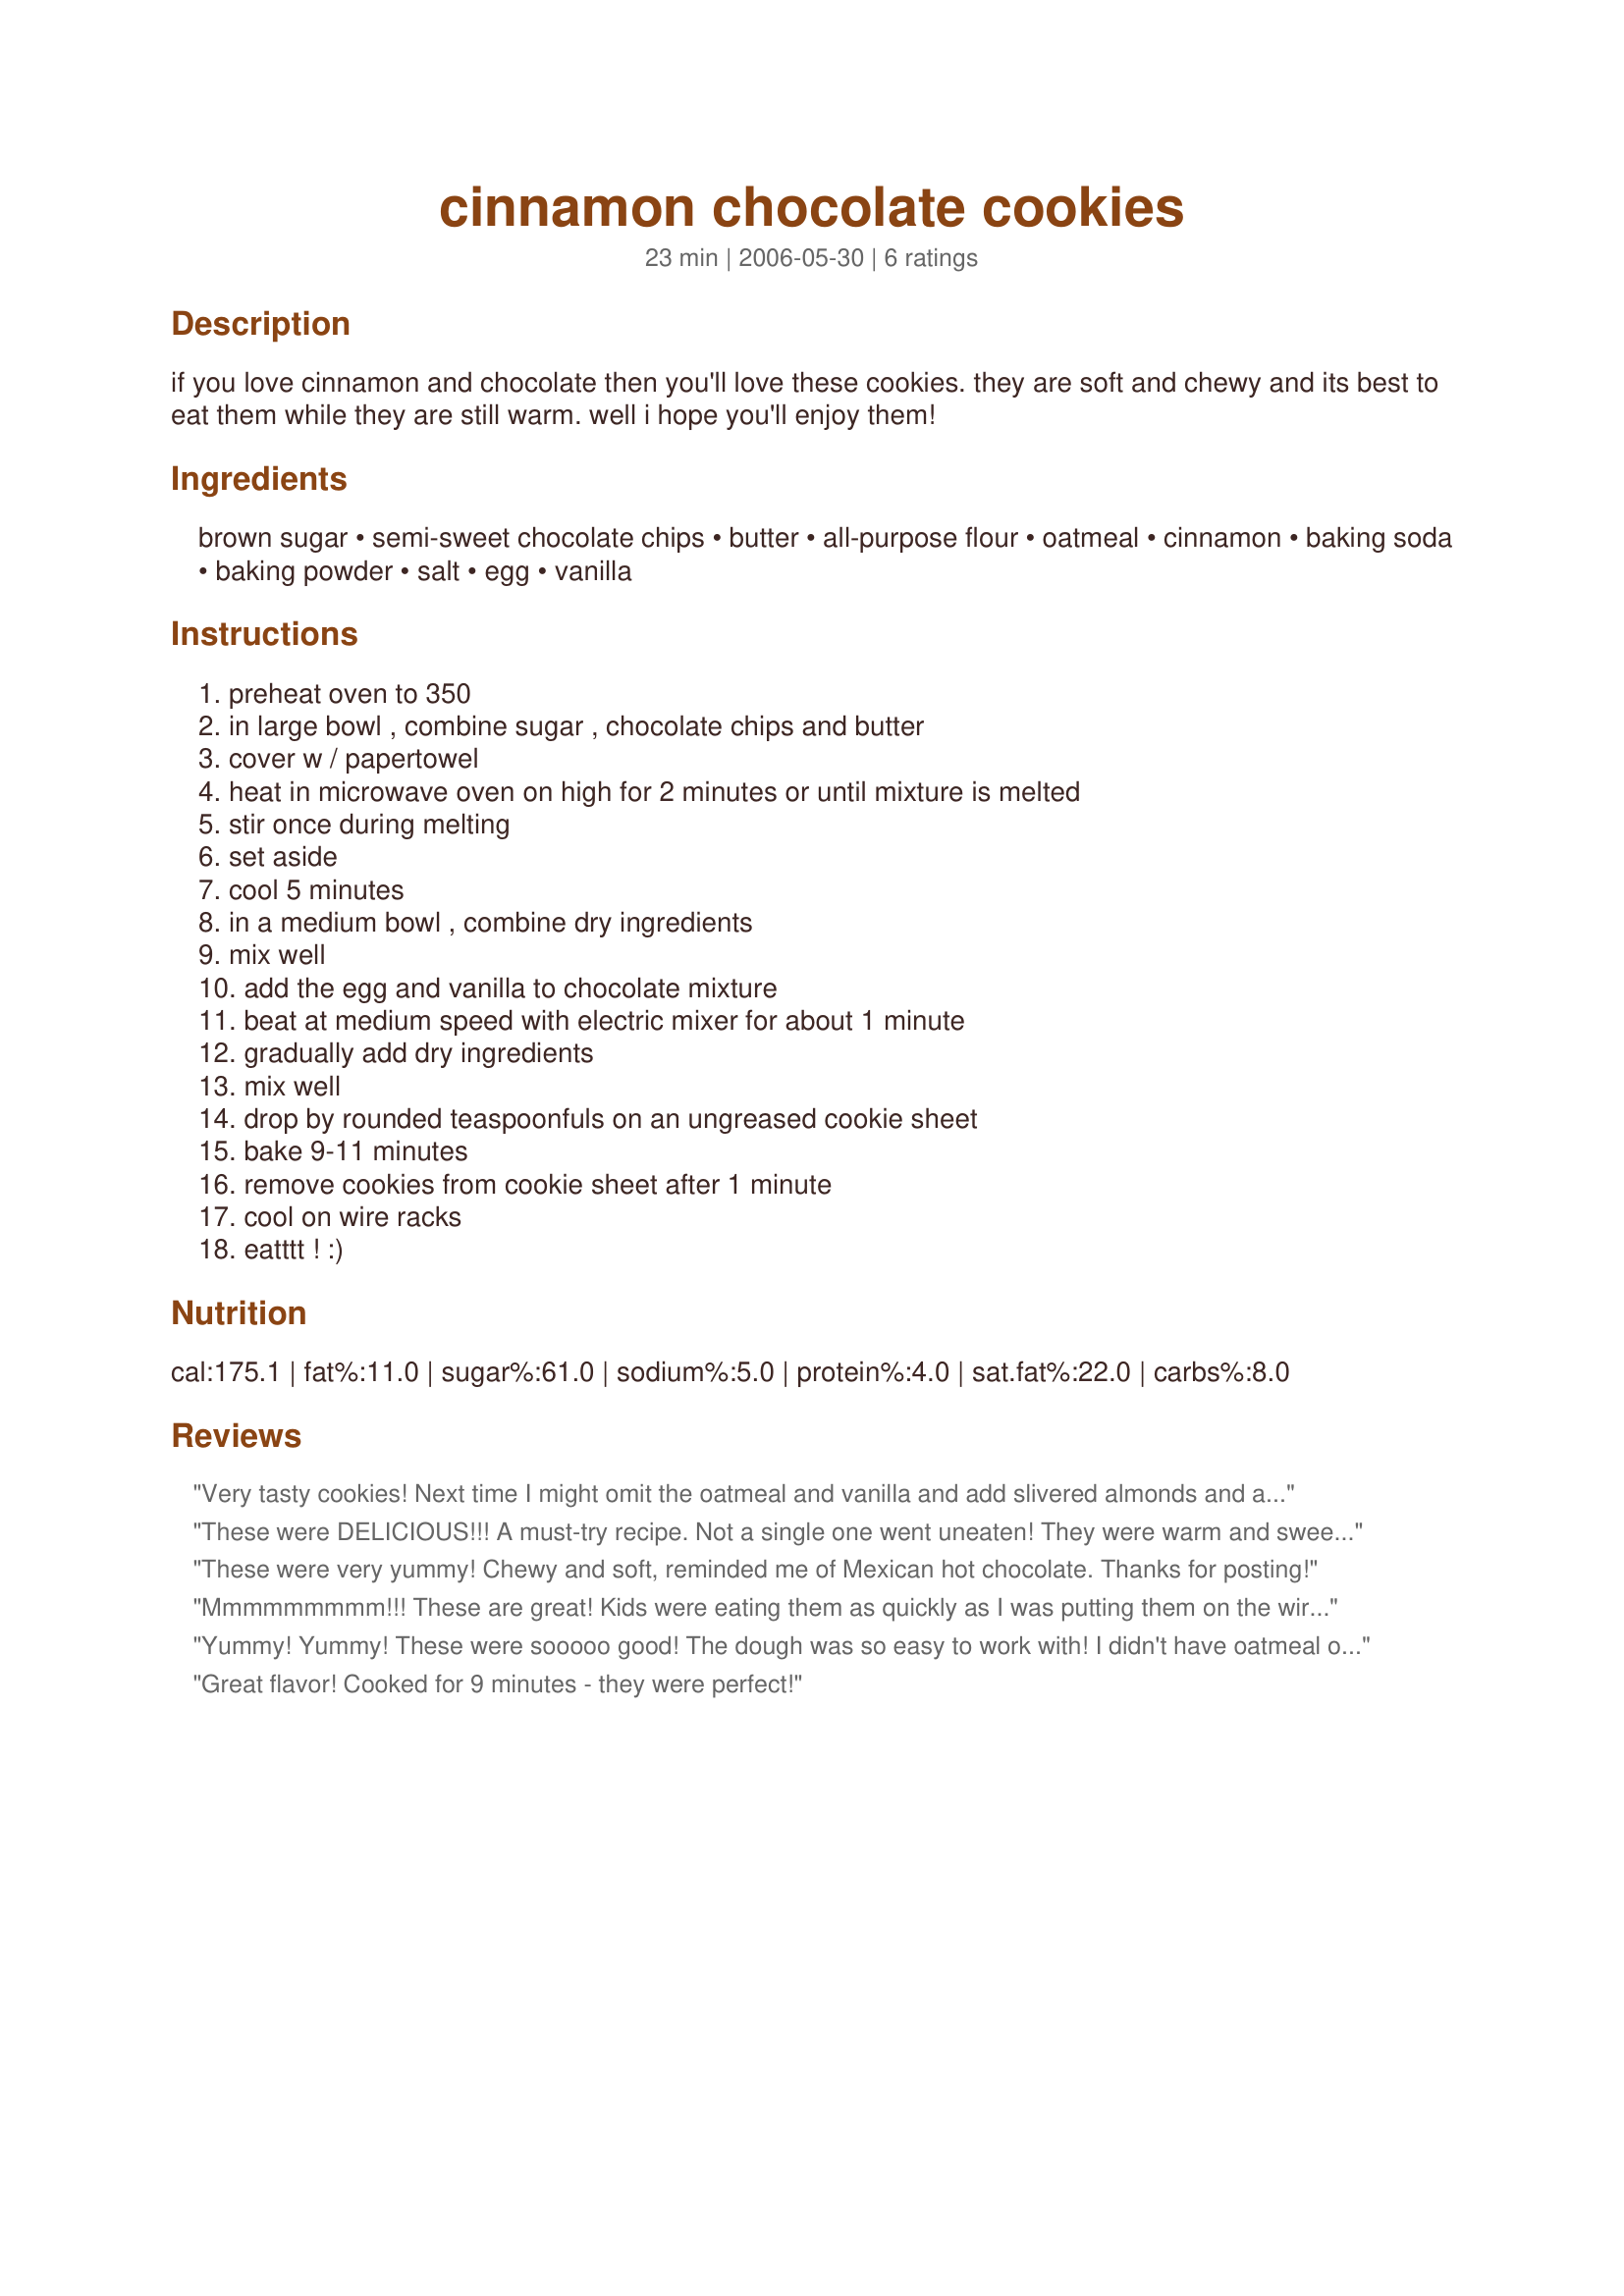
cinnamon chocolate cookies
Preparation time: 23 minutes

if you love cinnamon and chocolate then you'll love these cookies. they are soft and chewy and its best to eat them while they are still warm. well i hope you'll enjoy them!

Ingredients:
brown sugar, semi-sweet chocolate chips, butter, all-purpose flour, oatmeal, cinnamon, baking soda, baking powder, salt, egg, vanilla

Steps:
preheat oven to 350
in large bowl , combine sugar , chocolate chips and butter
cover w / papertowel
heat in microwave oven on high for 2 minutes or until mixture is melted
stir once during melting
set aside
cool 5 minutes
in a medium bowl , combine dry ingredients
mix well
add the egg and vanilla to chocolate mixture
beat at medium speed with electric mixer for about 1 minute
gradually add dry ingredients
mix well
drop by rounded teaspoonfuls on an ungreased cookie sheet
bake 9-11 minutes
remove cookies from cookie sheet after 1 minute
cool on wire racks
eatttt ! :)

Reviews:
Very tasty cookies! Next time I might omit the oatmeal and vanilla and add slivered almonds and almond flavoring..just for a different taste.

Found the oatmeal a bit dry.
These were DELICIOUS!!! A must-try recipe. Not a single one went uneaten! They were warm and sweet and just absolutely wonderful! The perfect flavor combination. I will be making these again and again and again!
These were very yummy! Chewy and soft, reminded me of Mexican hot chocolate. Thanks for posting!
Mmmmmmmmm!!! These are great! Kids were eating them as quickly as I was putting them on the wire racks.... pass the milk!
Yummy! Yummy! These were sooooo good! The dough was so easy to work with! I didn't have oatmeal on hand, so used plain flour instead. It did the job. Also, wasn't sure about the ungreased sheets... so I greased mine, just to be safe.
Thanks again for this delicious cookie recipe! =)
Great flavor! Cooked for 9 minutes - they were perfect!
